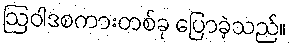
ဩဝါဒစကားတစ်ခု ပြောခဲ့သည်။